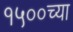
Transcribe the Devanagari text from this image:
१५००च्या